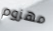
مهزوم